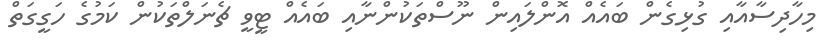
މިހާދިސާއާއި ގުޅިގެން ބައެއް އޮންލައިން ނޫސްތަކުންނާއި ބައެއް ޓީވީ ޗެނަލްތަކުން ކަމުގެ ހަގީގަތް